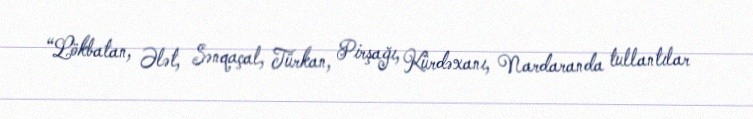
“Lökbatan, Ələt, Sənqaçal, Türkan, Pirşağı, Kürdəxanı, Nardaranda tullantılar